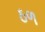
ઠળ